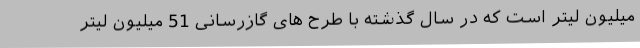
میلیون لیتر است که در سال گذشته با طرح های گازرسانی 51 میلیون لیتر